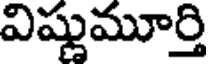
విష్ణుమూర్తి